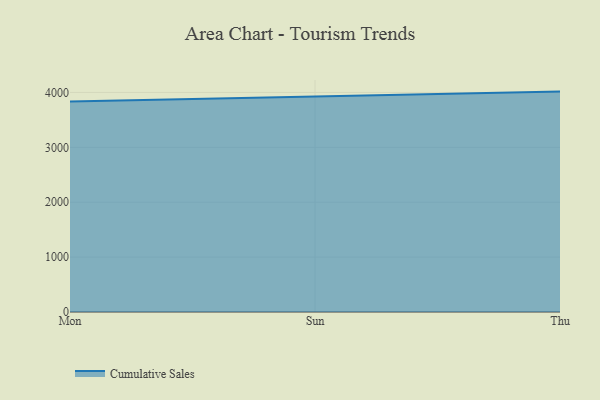
{"axis": {"x": "Day", "y": "Active Users"}, "legend": ["Cumulative Sales"], "data": [{"x": "Mon", "y": 3834.7, "type": "Cumulative Sales"}, {"x": "Sun", "y": 3924.2, "type": "Cumulative Sales"}, {"x": "Thu", "y": 4015.8, "type": "Cumulative Sales"}]}